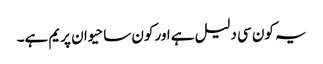
یہ کون سی دلیل ہے اور کون سا حیوان پریم ہے۔